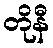
တိုနီ